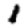
Digit: 1